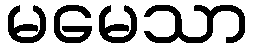
မမေသာ